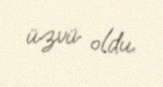
üzvü oldu.